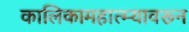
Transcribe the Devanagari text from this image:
कालिकामहात्म्यावरून